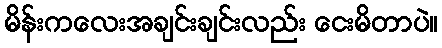
မိန်းကလေးအချင်းချင်းလည်း ငေးမိတာပဲ။